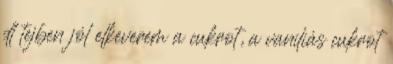
dl tejben jól elkeverem a cukrot, a vaníliás cukrot